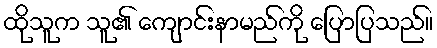
ထိုသူက သူ၏ ကျောင်းနာမည်ကို ပြောပြသည်။